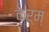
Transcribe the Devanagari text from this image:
कर्म्